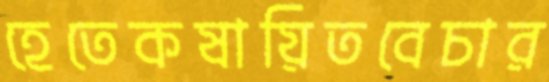
হেতেকষায়িতবেচার